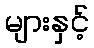
များနှင့်